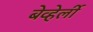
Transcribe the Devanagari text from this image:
बेव्हेर्ली